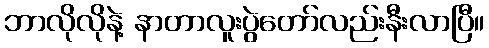
ဘာလိုလိုနဲ့ နာတာလူးပွဲတော်လည်းနီးလာပြီ။